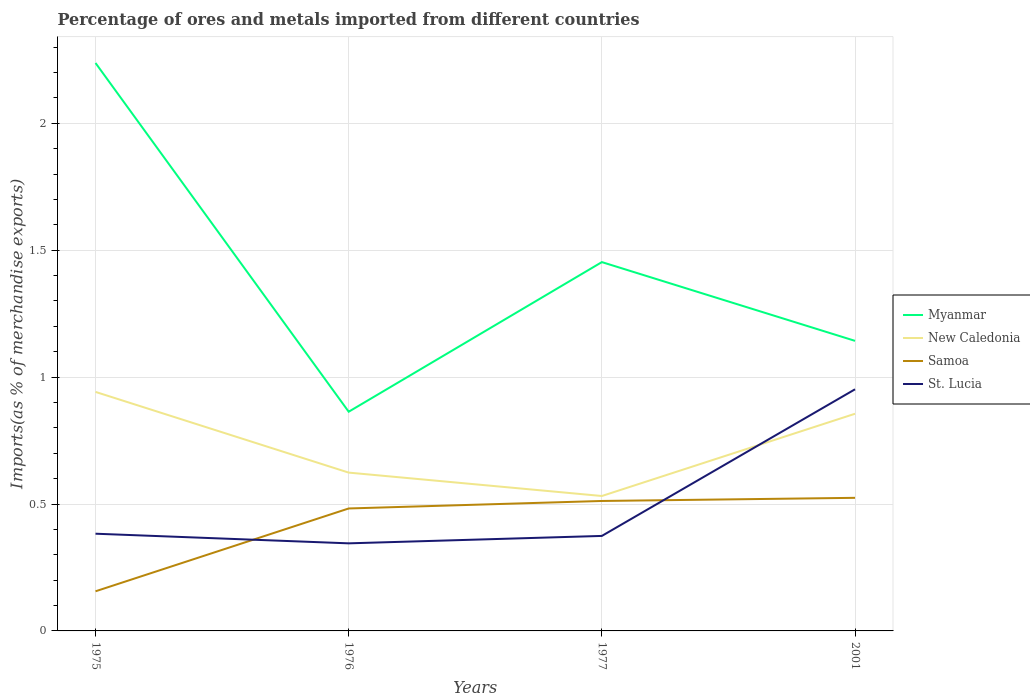
| Years | Myanmar | New Caledonia | Samoa | St. Lucia |
 | --- | --- | --- | --- | --- |
 | 1975 | 2.24 | 0.942 | 0.156 | 0.383 |
 | 1976 | 0.864 | 0.624 | 0.482 | 0.345 |
 | 1977 | 1.45 | 0.532 | 0.512 | 0.374 |
 | 2001 | 1.14 | 0.856 | 0.524 | 0.952 |